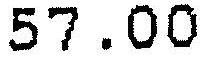
57.00